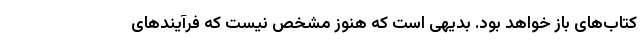
کتاب‌های باز خواهد بود. بدیهی است که هنوز مشخص نیست که فرآیند‌های